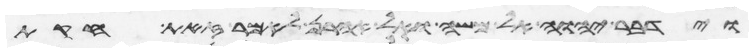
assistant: וידבר יהוה אל משה ואל אהרן לאמר זאת חקות